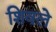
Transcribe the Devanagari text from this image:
शिवले